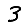
Digit: 3